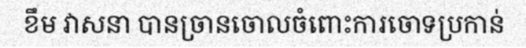
ខឹម វាសនា បានច្រានចោលចំពោះការចោទប្រកាន់